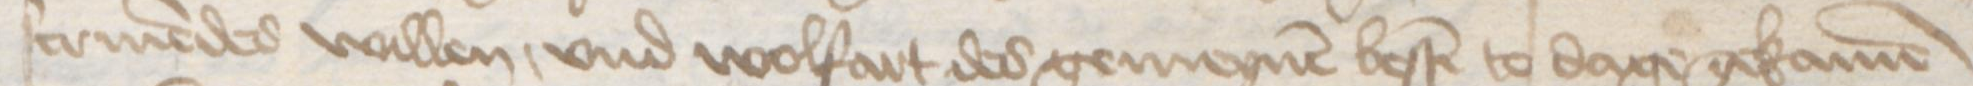
Transcription: scriuendes willen, vnd wolfart des gemeynen besten to dage gekamen